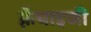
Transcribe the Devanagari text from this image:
फ़्रेंचाइजी